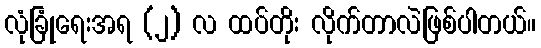
လုံခြုံရေးအရ (၂) လ ထပ်တိုး လိုက်တာလဲဖြစ်ပါတယ်။